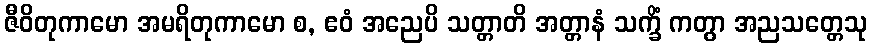
ဇီဝိတုကာမော အမရိတုကာမော စ, ဧဝံ အညေပိ သတ္တာတိ အတ္တာနံ သက္ခိံ ကတွာ အညသတ္တေသု